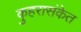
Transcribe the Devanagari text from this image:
कुहरासंकेत